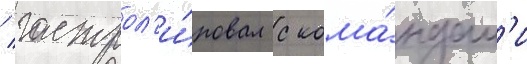
/ гастрол'и́ровал с кома́ндам'и